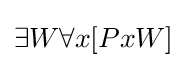
\exists W\forall x[PxW]